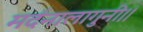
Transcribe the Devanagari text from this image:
मर्दनालागुनी।।